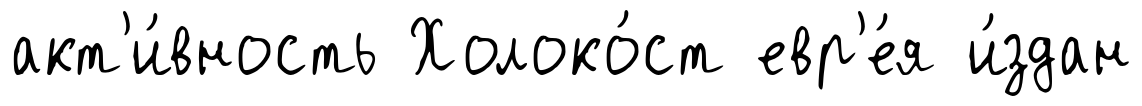
акт'и́вность Холоко́ст евр'е́я и́здан